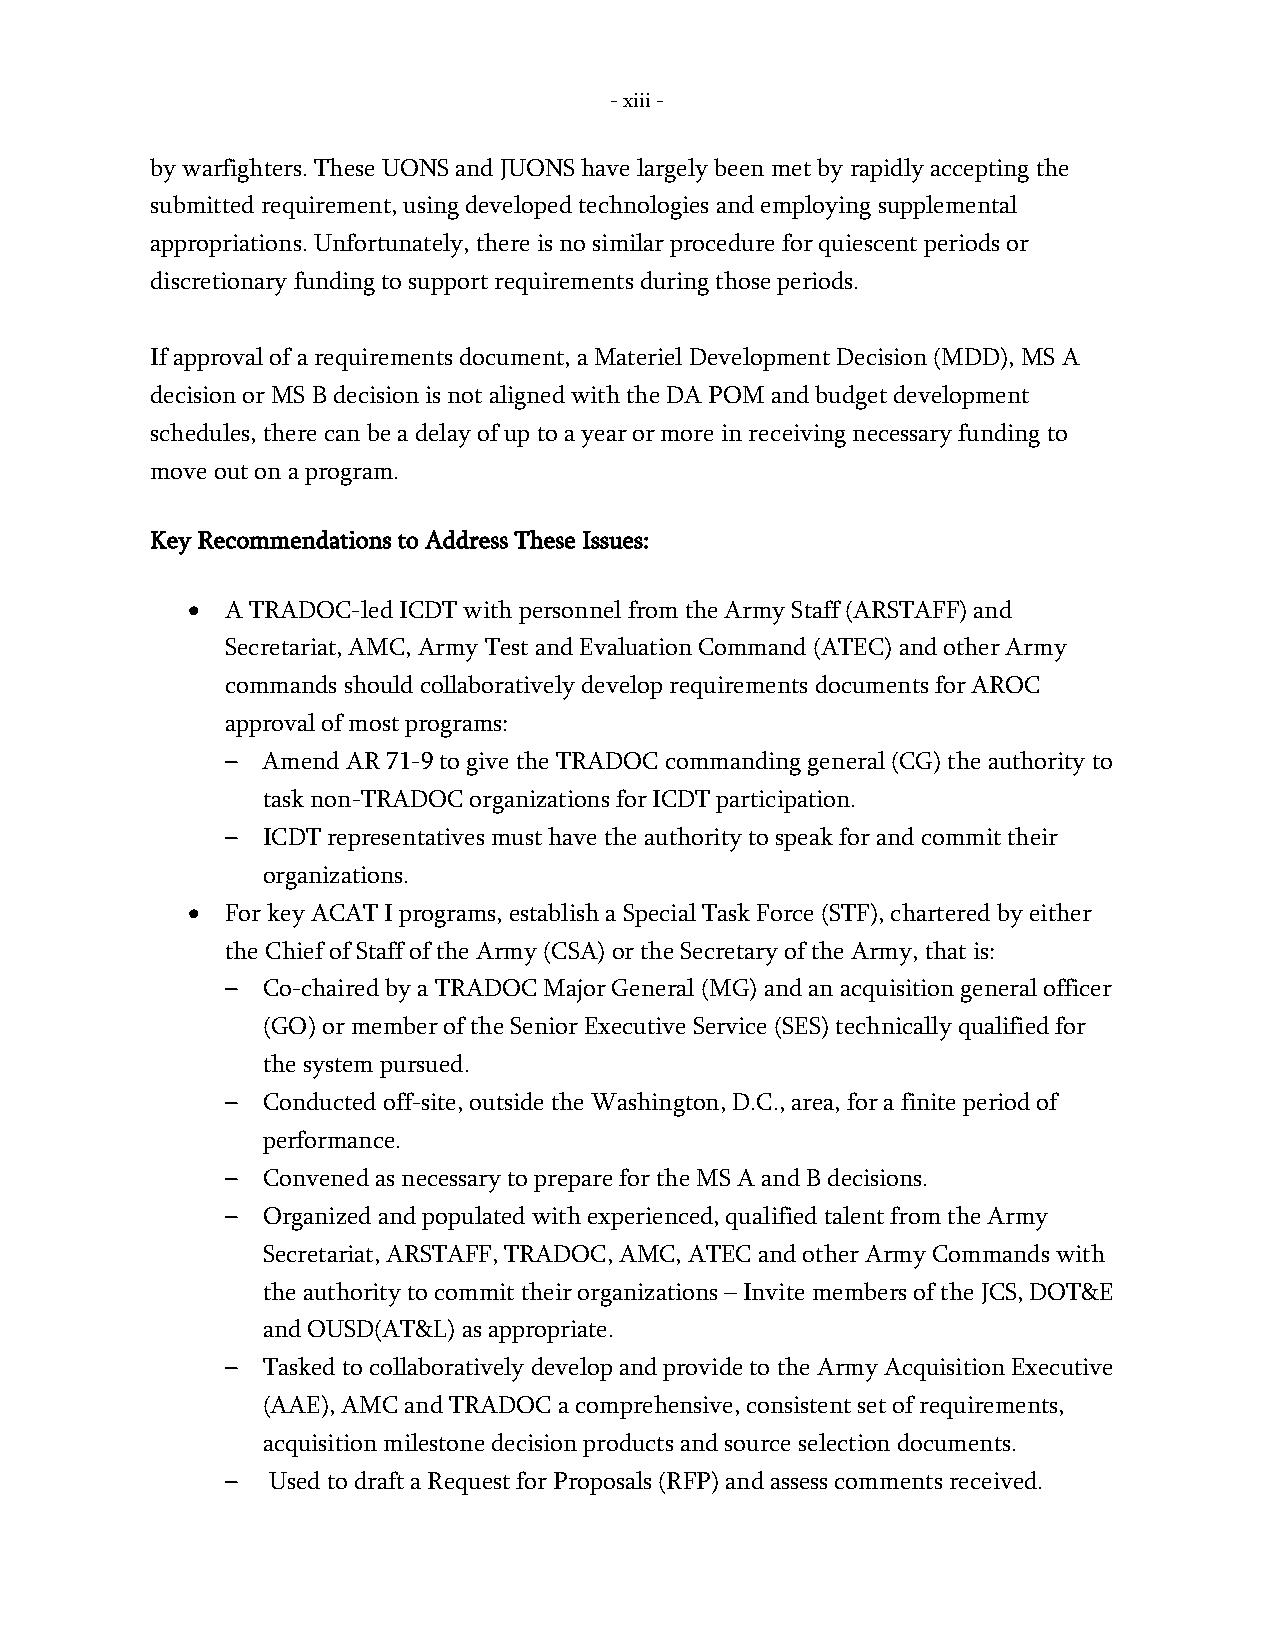
- xiii -
 by warfighters. These UONS and JUONS have largely been met by rapidly accepting the
 submitted requirement, using developed technologies and employing supplemental
 appropriations. Unfortunately, there is no similar procedure for quiescent periods or
 discretionary funding to support requirements during those periods.
 If approval of a requirements document, a Materiel Development Decision (MDD), MS A
 decision or MS B decision is not aligned with the DA POM and budget development
 schedules, there can be a delay of up to a year or more in receiving necessary funding to
 move out on a program.
 Key Recommendations to Address These Issues:
 •  A TRADOC-led ICDT with personnel from the Army Staff (ARSTAFF) and
 Secretariat, AMC, Army Test and Evaluation Command (ATEC) and other Army
 commands should collaboratively develop requirements documents for AROC
 approval of most programs:
 – Amend AR 71-9 to give the TRADOC commanding general (CG) the authority to
 task non-TRADOC organizations for ICDT participation.
 – ICDT representatives must have the authority to speak for and commit their
 organizations.
 •  For key ACAT I programs, establish a Special Task Force (STF), chartered by either
 the Chief of Staff of the Army (CSA) or the Secretary of the Army, that is:
 – Co-chaired by a TRADOC Major General (MG) and an acquisition general officer
 (GO) or member of the Senior Executive Service (SES) technically qualified for
 the system pursued.
 – Conducted off-site, outside the Washington, D.C., area, for a finite period of
 performance.
 – Convened as necessary to prepare for the MS A and B decisions.
 – Organized and populated with experienced, qualified talent from the Army
 Secretariat, ARSTAFF, TRADOC, AMC, ATEC and other Army Commands with
 the authority to commit their organizations – Invite members of the JCS, DOT&E
 and OUSD(AT&L) as appropriate.
 – Tasked to collaboratively develop and provide to the Army Acquisition Executive
 (AAE), AMC and TRADOC a comprehensive, consistent set of requirements,
 acquisition milestone decision products and source selection documents.
 –  Used to draft a Request for Proposals (RFP) and assess comments received.